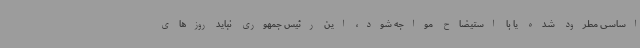
اساسی مطرود شده یا با استیضاح مواجه شود، این رئیس جمهوری نباید روزهای